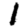
Digit: 1